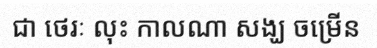
ជា ថេរៈ លុះ កាលណា សង្ឃ ចម្រើន